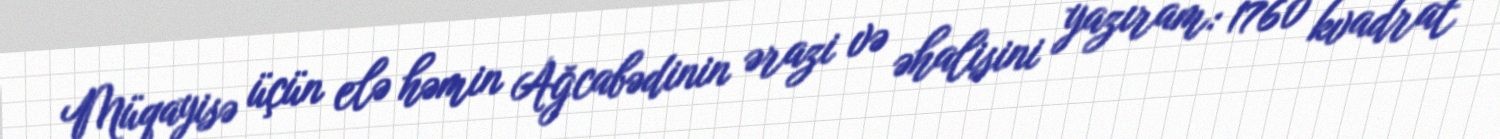
Müqayisə üçün elə həmin Ağcabədinin ərazi və əhalisini yazıram: 1760 kvadrat